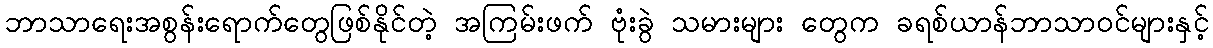
ဘာသာရေးအစွန်းရောက်တွေဖြစ်နိုင်တဲ့ အကြမ်းဖက် ဗုံးခွဲ သမားများ တွေက ခရစ်ယာန်ဘာသာဝင်များနှင့်